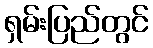
ရှမ်းပြည်တွင်